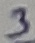
Text: 3